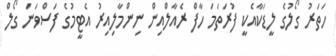
ހަތަރު ގޯލުގެ ލީޑަކާއެކީ ފުރަތަމަ ހާފް ރެއާލްއިން ނިންމާލިއިރު އެޓީމުގެ ފަސްވަނަ ގޯލް